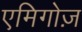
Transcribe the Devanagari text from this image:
एमिगोज़